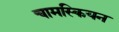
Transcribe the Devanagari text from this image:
चामस्कियन